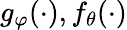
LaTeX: g_{\varphi}(\cdot),f_{\theta}(\cdot)